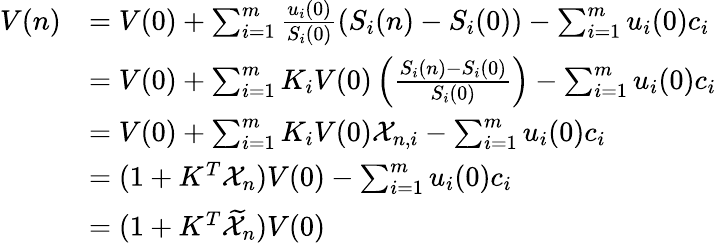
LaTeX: \begin{array}{rl}{V(n)}&{=V(0)+\sum_{i=1}^{m}\frac{u_{i}(0)}{S_{i}(0)}(S_{i}(n)-S_{i}(0))-\sum_{i=1}^{m}u_{i}(0)c_{i}}\\ &{=V(0)+\sum_{i=1}^{m}K_{i}V(0)\left(\frac{S_{i}(n)-S_{i}(0)}{S_{i}(0)}\right)-\sum_{i=1}^{m}u_{i}(0)c_{i}}\\ &{=V(0)+\sum_{i=1}^{m}K_{i}V(0)\mathcal{X}_{n,i}-\sum_{i=1}^{m}u_{i}(0)c_{i}}\\ &{=(1+K^{T}\mathcal{X}_{n})V(0)-\sum_{i=1}^{m}u_{i}(0)c_{i}}\\ &{=(1+K^{T}\widetilde{\mathcal{X}}_{n})V(0)}\end{array}